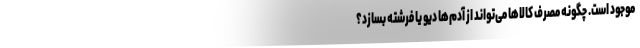
موجود است. چگونه مصرف کالاها می‌تواند از آدم‌ها دیو یا فرشته بسازد؟